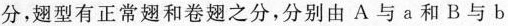
分，翅型有正常翅和卷翅之分，分别由A与a和B与b